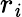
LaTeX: r_{\mathit{i}}